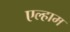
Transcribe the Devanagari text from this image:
एल्हाम